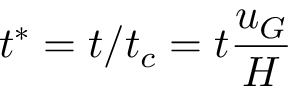
t ^ { * } = t / t _ { c } = t \frac { u _ { G } } { H }